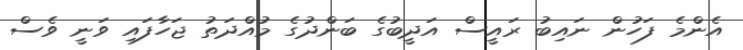
އެންމެ ފަހުން ނައިބު ރައީސް އަދީބުގެ ބަންދުގެ މުއްދަތު ޖަހާފައި ވަނީ ވެސް